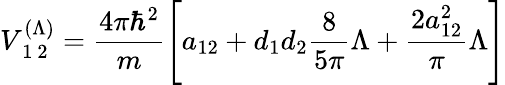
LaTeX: V_{\mathrm{~1~2~}}^{(\Lambda)}=\frac{4\pi\hbar^{2}}{m}\left[a_{12}+d_{1}d_{2}\frac{8}{5\pi}\Lambda+\frac{2a_{12}^{2}}{\pi}\Lambda\right]